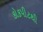
કોકપીટથી